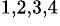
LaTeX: ^{1,2,3,4}